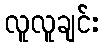
လူလူချင်း